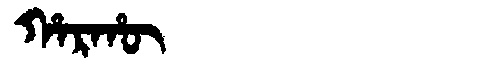
Manchu: ᡥᠠᡵᡥᡡ
Romanization: HARHŪ